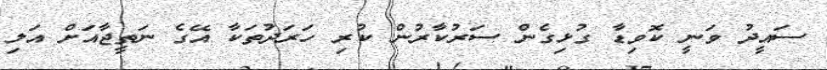
ސައީދު ވަނީ ކޮވިޑާ ގުޅިގެން ސަރުކާރުން ކުރި ހަރަދުތަކާ އޭގެ ނަތީޖާއަށް އަލި